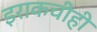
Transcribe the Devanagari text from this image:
इराकचीही